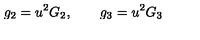
g _ { 2 } = u ^ { 2 } G _ { 2 } , \qquad g _ { 3 } = u ^ { 2 } G _ { 3 }